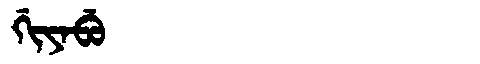
Manchu: ᡤᡳᠶᠠᠪᡠ
Romanization: GIYABU